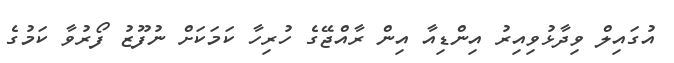
އުގައިލް ވިދާޅުވިއިރު އިންޑިއާ އިން ރާއްޖޭގެ ހުރިހާ ކަމަކަށް ނުފޫޒު ފޯރުވާ ކަމުގެ